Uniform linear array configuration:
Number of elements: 12
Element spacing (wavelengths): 0.5
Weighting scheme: uniform
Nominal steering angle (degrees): -60
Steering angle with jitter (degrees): -59.631
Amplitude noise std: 0.05
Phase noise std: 0.05

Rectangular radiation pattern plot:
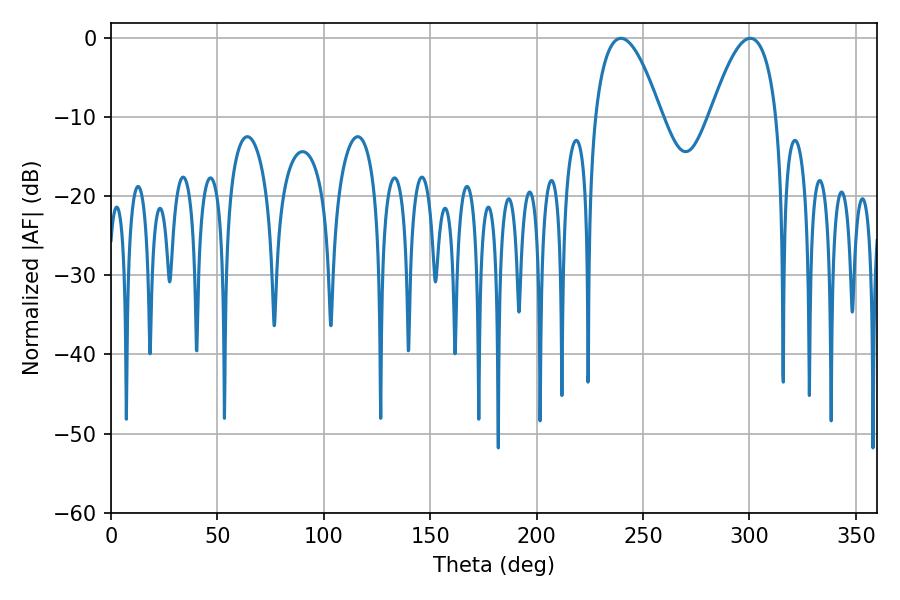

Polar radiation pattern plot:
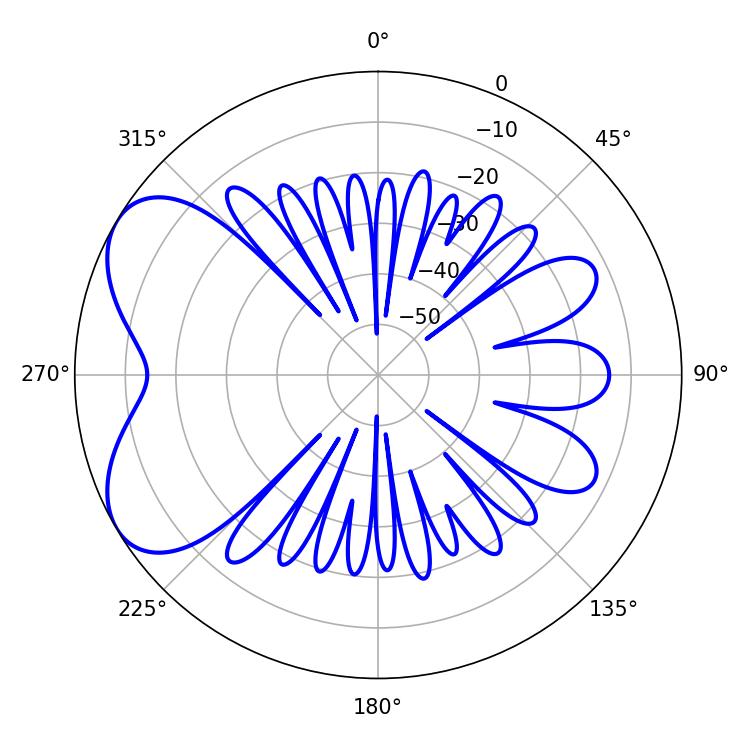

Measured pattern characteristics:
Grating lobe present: FALSE
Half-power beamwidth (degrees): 17.1
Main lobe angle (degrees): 239.58